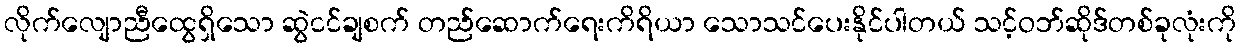
လိုက်လျောညီထွေရှိသော ဆွဲငင်ချစက် တည်ဆောက်ရေးကိရိယာ သောသင်ပေးနိုင်ပါတယ် သင့်ဝဘ်ဆိုဒ်တစ်ခုလုံးကို